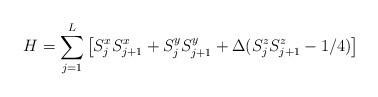
LaTeX: \begin{align*} H = \sum_{j = 1}^L \left[S^x_jS^x_{j+1}+S^y_jS^y_{j+1} + \Delta (S^z_jS^z_{j+1} - 1/4) \right]\end{align*}